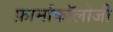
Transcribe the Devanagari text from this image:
फ़ार्माकॉलोजी